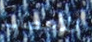
للأعصاب